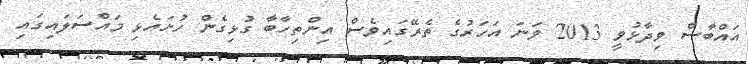
އައްބާސް ވިދާޅުވީ 2013 ވަނަ އަހަރުގެ ތެރޭގައިވެސް އިންތިހާބާ ގުޅިގެން ހުށައެޅި މައްސަލައިގައި